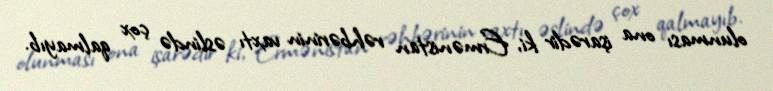
olunması ona işarədir ki, Ermənistan rəhbərinin vaxtı əslində çox qalmayıb.